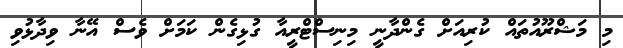
މި މަޝްރޫއުތައް ކުރިއަށް ގެންދާނީ މިނިސްޓްރީއާ ގުޅިގެން ކަމަށް ވެސް އޭނާ ވިދާޅުވި